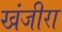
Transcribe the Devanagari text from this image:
खंजीरा